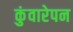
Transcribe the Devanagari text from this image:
कुंवारेपन